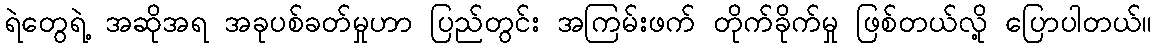
ရဲတွေရဲ့ အဆိုအရ အခုပစ်ခတ်မှုဟာ ပြည်တွင်း အကြမ်းဖက် တိုက်ခိုက်မှု ဖြစ်တယ်လို့ ပြောပါတယ်။